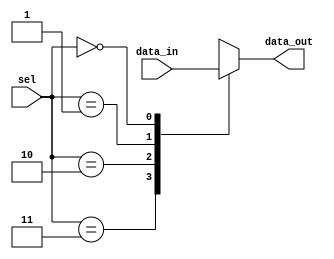
module mux4(data_in,sel,data_out);
    input [3:0] data_in;
    input [1:0] sel;
    output reg data_out;
    always@(*)
        casex(sel)
            2'b11 : data_out = data_in[3];
            2'b10 : data_out = data_in[2];
            2'b01 : data_out = data_in[1];
            2'b00 : data_out = data_in[0];
        endcase
endmodule